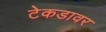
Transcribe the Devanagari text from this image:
टेकडावर